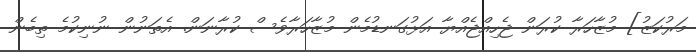
މަރުކަޒު] މުޒާހަރާ ކުރަން ޖެހިއްޖެއްޔާ އަޅުގަނޑުމެން މުޒާހަރާވެސް ކުރާނަން. އެތަނުން ނުނިކުމެ ތިބެން